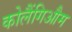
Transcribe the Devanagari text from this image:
कोलैंगिऔम